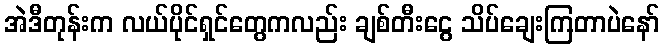
အဲဒီတုန်းက လယ်ပိုင်ရှင်တွေကလည်း ချစ်တီးငွေ သိပ်ချေးကြတာပဲနော်